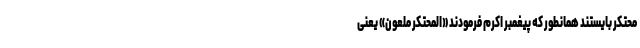
محتکر بایستند همانطور که پیغمبر اکرم فرمودند «المحتکر ملعون» یعنی